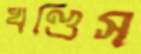
খণ্ডিস